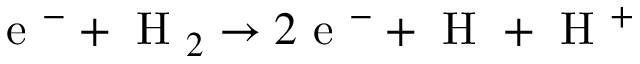
\textrm { e } ^ { - } + \textrm { H } _ { 2 } \rightarrow 2 \textrm { e } ^ { - } + \textrm { H } + \textrm { H } ^ { + }